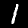
Digit: 1